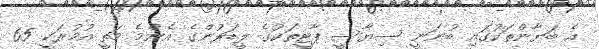
އެ ބަޔާންތަކުގައި ބުނަނީ ސިޔާސީ ޕާޓީތަކުގެ ލީޑަރުންގެ އެންމެ މަތީ އުމުރަކީ 65